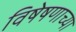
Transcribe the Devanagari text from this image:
विषेषणाच्या